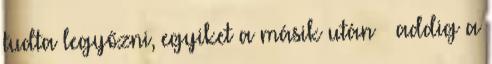
tudta legyőzni, egyiket a másik után – addig a